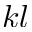
k l